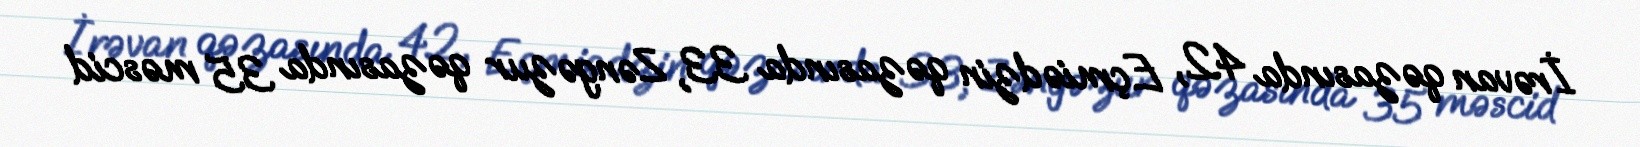
İrəvan qəzasında 42, Eçmiədzin qəzasında 33, Zəngəzur qəzasında 35 məscid